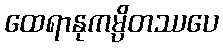
ထေရာနုကမ္ပိတဿပေ